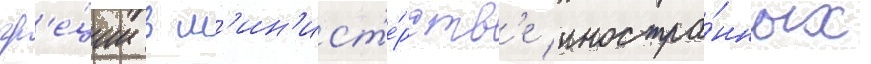
гр'е́ции в м'ин'ист'е́рств'е иностра́нных